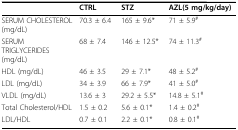
|  | CTRL | STZ | AZL(5 mg/kg/day) |
 | --- | --- | --- | --- |
 | SERUM CHOLESTEROL (mg/dL) | 70.3 ± 6.4 | 165 ± 9.6* | 71 ± 5.9# |
 | SERUM TRIGLYCERIDES (mg/dL) | 68 ± 7.4 | 146 ± 12.5* | 74 ± 11.3# |
 | HDL (mg/dL) | 46 ± 3.5 | 29 ± 7.1* | 48 ± 5.2# |
 | LDL (mg/dL) | 34 ± 3.9 | 66 ± 7.9* | 41 ± 5.0# |
 | VLDL (mg/dL) | 13.6 ± 3 | 29.2 ± 5.5* | 14.8 ± 5.1# |
 | Total Cholesterol/HDL | 1.5 ± 0.2 | 5.6 ± 0.1* | 1.4 ± 0.2# |
 | LDL/HDL | 0.7 ± 0.1 | 2.2 ± 0.1* | 0.8 ± 0.1# |